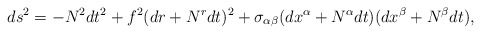
\begin{align*}ds^2 = -N^2 dt^2 + f^2 (dr + N^r dt)^2+ \sigma_{\alpha\beta} (dx^\alpha + N^\alpha dt)(dx^\beta + N^\beta dt),\end{align*}